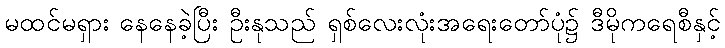
မထင်မရှား နေနေခဲ့ပြီး ဦးနုသည် ရှစ်လေးလုံးအရေးတော်ပုံ၌ ဒီမိုကရေစီနှင့်